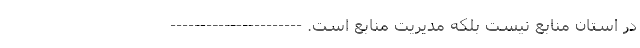
در استان منابع نیست بلکه مدیریت منابع است. ----------------------